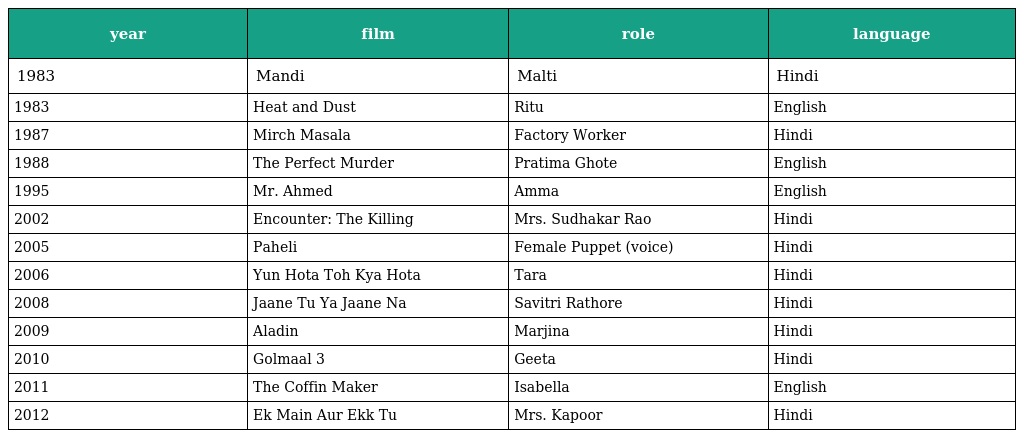
| year | film | role | language |
 | --- | --- | --- | --- |
 | 1983 | Mandi | Malti | Hindi |
 | 1983 | Heat and Dust | Ritu | English |
 | 1987 | Mirch Masala | Factory Worker | Hindi |
 | 1988 | The Perfect Murder | Pratima Ghote | English |
 | 1995 | Mr. Ahmed | Amma | English |
 | 2002 | Encounter: The Killing | Mrs. Sudhakar Rao | Hindi |
 | 2005 | Paheli | Female Puppet (voice) | Hindi |
 | 2006 | Yun Hota Toh Kya Hota | Tara | Hindi |
 | 2008 | Jaane Tu Ya Jaane Na | Savitri Rathore | Hindi |
 | 2009 | Aladin | Marjina | Hindi |
 | 2010 | Golmaal 3 | Geeta | Hindi |
 | 2011 | The Coffin Maker | Isabella | English |
 | 2012 | Ek Main Aur Ekk Tu | Mrs. Kapoor | Hindi |